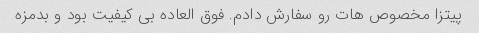
پیتزا مخصوص هات رو سفارش دادم. فوق العاده بی کیفیت بود و بدمزه